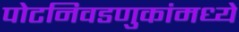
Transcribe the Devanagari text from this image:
पोटनिवडणुकांमध्ये